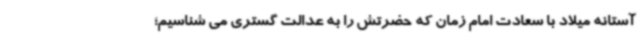
آستانه میلاد با سعادت امام زمان که حضرتش را به عدالت گستری می شناسیم؛